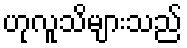
ဟုလူသိများသည်